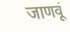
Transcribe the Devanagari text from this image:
जाणवूं